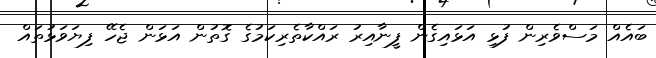
ބައެއް މަސްވެރިން ފުޅި އަޅައިގެން ފީނާއިރު ރައްކާތެރިކަމުގެ ގޮތުން އަޅަން ޖެހޭ ފިޔަވަޅުތައް